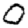
Digit: 0